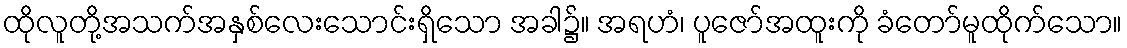
ထိုလူတို့အသက်အနှစ်လေးသောင်းရှိသော အခါ၌။ အရဟံ၊ ပူဇော်အထူးကို ခံတော်မူထိုက်သော။